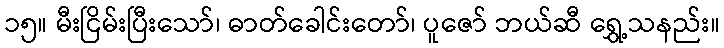
၁၅။ မီးငြိမ်းပြီးသော်၊ ဓာတ်ခေါင်းတော်၊ ပူဇော် ဘယ်ဆီ ရွှေ့သနည်း။